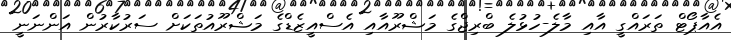
އެއާޕޯޓް ތަރައްގީ އާއި މާލެ-ހުޅުލެ ބްރިޖްގެ މަޝްރޫއާއި އެސްއީޒެޑްގެ މަޝްރޫއުތަކަށް ސަރުކާރުން އަންނަނީ